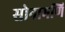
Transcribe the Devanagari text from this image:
सोनामणि